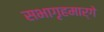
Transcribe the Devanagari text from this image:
सभागृहमार्गे